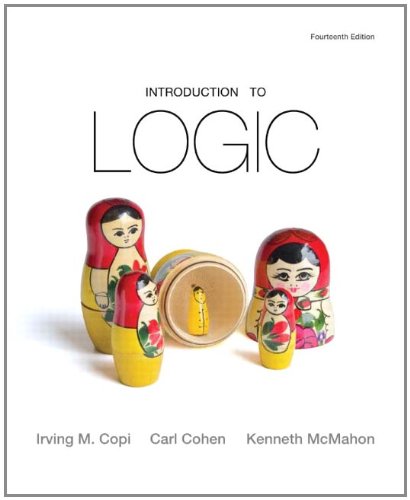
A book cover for Introduction to Logic (14th Edition); Irving M. Copi; Politics & Social Sciences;